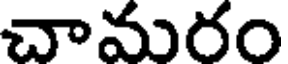
చామరం